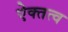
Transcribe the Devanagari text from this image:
ऐक्तत्व